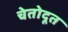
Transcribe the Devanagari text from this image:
चेतोदूत